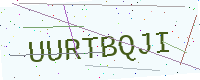
Text: UURTBQJI